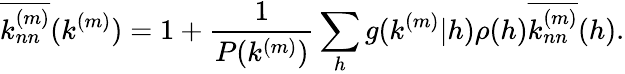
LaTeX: \overline{{k_{nn}^{(m)}}}(k^{(m)})=1+\frac{1}{P(k^{(m)})}\sum_{h}g(k^{(m)}|h)\rho(h)\overline{{k_{nn}^{(m)}}}(h).